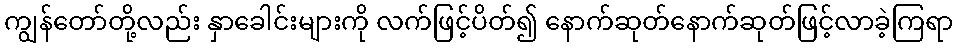
ကျွန်တော်တို့လည်း နှာခေါင်းများကို လက်ဖြင့်ပိတ်၍ နောက်ဆုတ်နောက်ဆုတ်ဖြင့်လာခဲ့ကြရာ